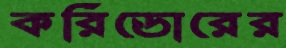
করিডোরের